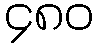
၄၈၀